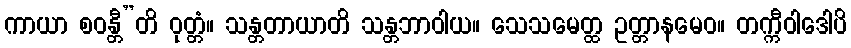
ကာယာ စဝန္တီ”တိ ဝုတ္တံ။ သန္တတာယာတိ သန္တဘာဝါယ။ သေသမေတ္ထ ဥတ္တာနမေဝ။ တက္ကီဝါဒေါပိ